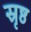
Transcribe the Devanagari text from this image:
स्रृष्ठ